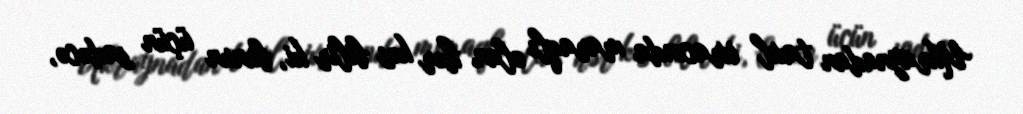
Ukraynadan taxıl ixracında maraqlı olan hər kəs bilir ki, bunun üçün sadəcə,